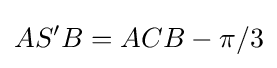
AS'B=ACB-\pi /3